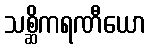
သစ္ဆိကရဏီယော